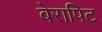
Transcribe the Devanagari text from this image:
बेरापिट